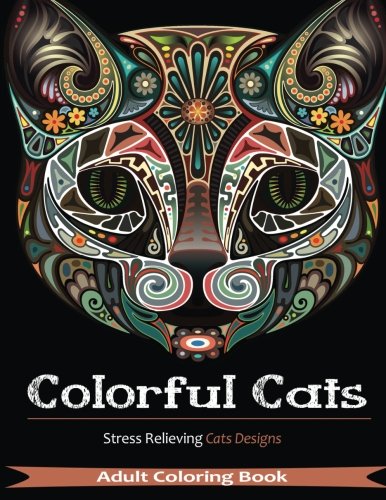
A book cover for Colorful Cats: 30 Best Stress Relieving Cats Designs (Adult Coloring Books); Adult Coloring Books; Humor & Entertainment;